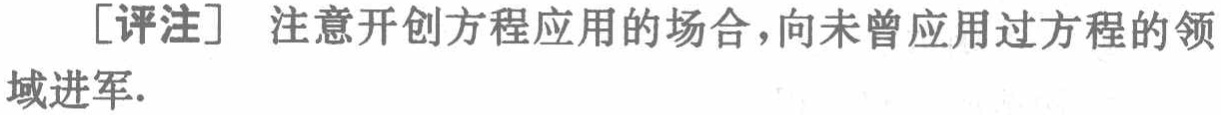
[评注] 注意开创方程应用的场合，向未曾应用过方程的领域进军.